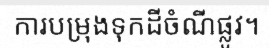
ការបម្រុងទុកដីចំណីផ្លូវ។